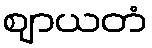
ဈာယတံ